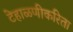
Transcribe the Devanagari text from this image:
टेहाळणीकरिता